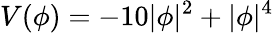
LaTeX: V(\phi)=-10|\phi|^{2}+|\phi|^{4}